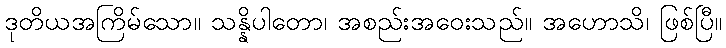
ဒုတိယအကြိမ်သော။ သန္နိပါတော၊ အစည်းအဝေးသည်။ အဟောသိ၊ ဖြစ်ပြီ။